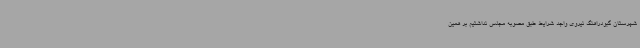
شهرستان گبودراهنگ نیروی واجد شرایط طبق مصوبه مجلس نداشتیم بر همین